Vaccination in Bombay 1874-1876 - 1874-1876
Year: 1874
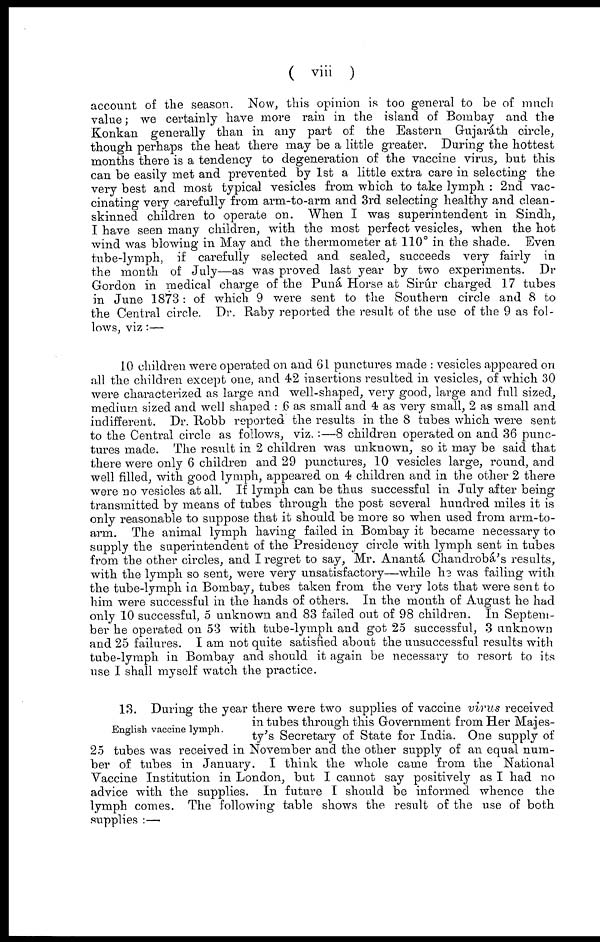
( viii
)
account of the season. Now, this opinion is too general to be of much
value; we certainly have more rain in the island of Bombay and the
Konkan generally than in any part of the Eastern Gujaráth circle,
though perhaps the heat there may be a little greater. During the hottest
months there is a tendency to degeneration of the vaccine virus, but this
can be easily met and prevented by 1st a little extra care in selecting the
very best and most typical vesicles from which to take lymph : 2nd vac-
cinating very carefully from arm-to-arm and 3rd selecting healthy and clean-
skinned children to operate on. When I was superintendent in Sindh,
I have seen many children, with the most perfect vesicles, when the hot
wind was blowing in May and the thermometer at 110° in the shade. Even
tube-lymph, if carefully selected and sealed, succeeds very fairly in
the month of July—as was proved last year by two experiments. Dr
Gordon in medical charge of the Puná Horse at Sirúr charged 17 tubes
in June 1873 : of which 9 were sent to the Southern circle and 8 to
the Central circle. Dr. Raby reported the result of the use of the 9 as fol-
lows, viz :—
10 children were operated on and 61 punctures made : vesicles appeared on
all the children except one, and 42 insertions resulted in vesicles, of which 30
were characterized as large and well-shaped, very good, large and full sized,
medium sized and well shaped : 6 as small and 4 as very small, 2 as small and
indifferent. Dr. Robb reported the results in the 8 tubes which were sent
to the Central circle as follows, viz. :—8 children operated on and 36 punc-
tures made. The result in 2 children was unknown, so it may be said that
there were only 6 children and 29 punctures, 10 vesicles large, round, and
well filled, with good lymph, appeared on 4 children and in the other 2 there
were no vesicles at all. If lymph can be thus successful in July after being
transmitted by means of tubes through the post several hundred miles it is
only reasonable to suppose that it should be more so when used from arm-to-
arm. The animal lymph having failed in Bombay it became necessary to
supply the superintendent of the Presidency circle with lymph sent in tubes
from the other circles, and I regret to say, Mr. Anantá Chandrobá's results,
with the lymph so sent, were very unsatisfactory—while he was failing with
the tube-lymph in Bombay, tubes taken from the very lots that were sent to
him were successful in the hands of others. In the month of August he had
only 10 successful, 5 unknown and 83 failed out of 98 children. In Septem-
ber he operated on 53 with tube-lymph and got 25 successful, 3 unknown
and 25 failures. I am not quite satisfied about the unsuccessful results with
tube-lymph in Bombay and should it again be necessary to resort to its
use I shall myself watch the practice.
English vaccine lymph.
13. During the year there were two supplies of vaccine virus received
in tubes through this Government from Her Majes-
ty's Secretary of State for India. One supply of
25 tubes was received in November and the other supply of an equal num-
ber of tubes in January. I think the whole came from the National
Vaccine Institution in London, but I cannot say positively as I had no
advice with the supplies. In future I should be informed whence the
lymph comes. The following table shows the result of the use of both
supplies :—